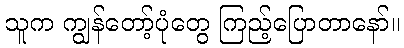
သူက ကျွန်တော့်ပုံတွေ ကြည့်ပြောတာနော်။